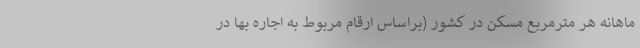
ماهانه هر مترمربع مسکن در کشور (براساس ارقام مربوط به اجاره بها در